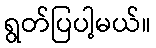
ရွတ်ပြပါ့မယ်။